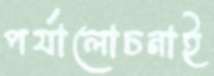
পর্যালোচনাই